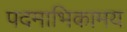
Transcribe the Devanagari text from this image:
पदमाभिकामय